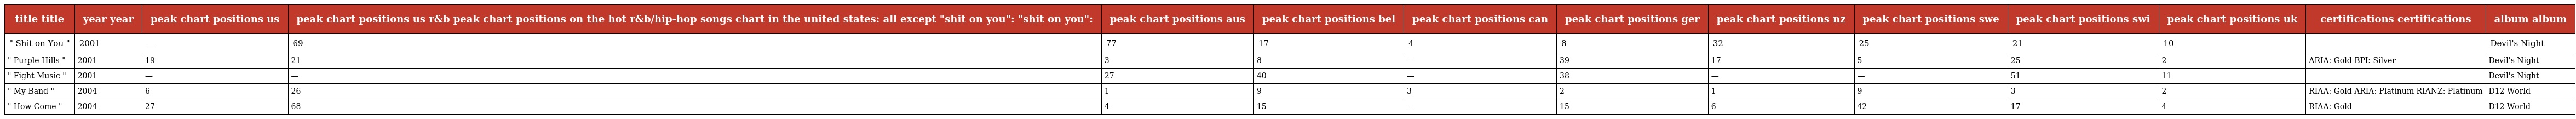
| title title | year year | peak chart positions us | peak chart positions us r&b peak chart positions on the hot r&b/hip-hop songs chart in the united states: all except "shit on you": "shit on you": | peak chart positions aus | peak chart positions bel | peak chart positions can | peak chart positions ger | peak chart positions nz | peak chart positions swe | peak chart positions swi | peak chart positions uk | certifications certifications | album album |
 | --- | --- | --- | --- | --- | --- | --- | --- | --- | --- | --- | --- | --- | --- |
 | " Shit on You " | 2001 | — | 69 | 77 | 17 | 4 | 8 | 32 | 25 | 21 | 10 |  | Devil's Night |
 | " Purple Hills " | 2001 | 19 | 21 | 3 | 8 | — | 39 | 17 | 5 | 25 | 2 | ARIA: Gold BPI: Silver | Devil's Night |
 | " Fight Music " | 2001 | — | — | 27 | 40 | — | 38 | — | — | 51 | 11 |  | Devil's Night |
 | " My Band " | 2004 | 6 | 26 | 1 | 9 | 3 | 2 | 1 | 9 | 3 | 2 | RIAA: Gold ARIA: Platinum RIANZ: Platinum | D12 World |
 | " How Come " | 2004 | 27 | 68 | 4 | 15 | — | 15 | 6 | 42 | 17 | 4 | RIAA: Gold | D12 World |